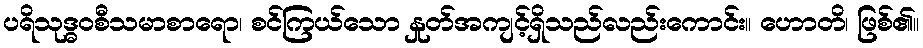
ပရိသုဒ္ဓဝစီသမာစာရော၊ စင်ကြယ်သော နှုတ်အကျင့်ရှိသည်လည်းကောင်း။ ဟောတိ၊ ဖြစ်၏။